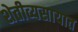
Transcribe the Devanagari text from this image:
शेतीव्यसायात